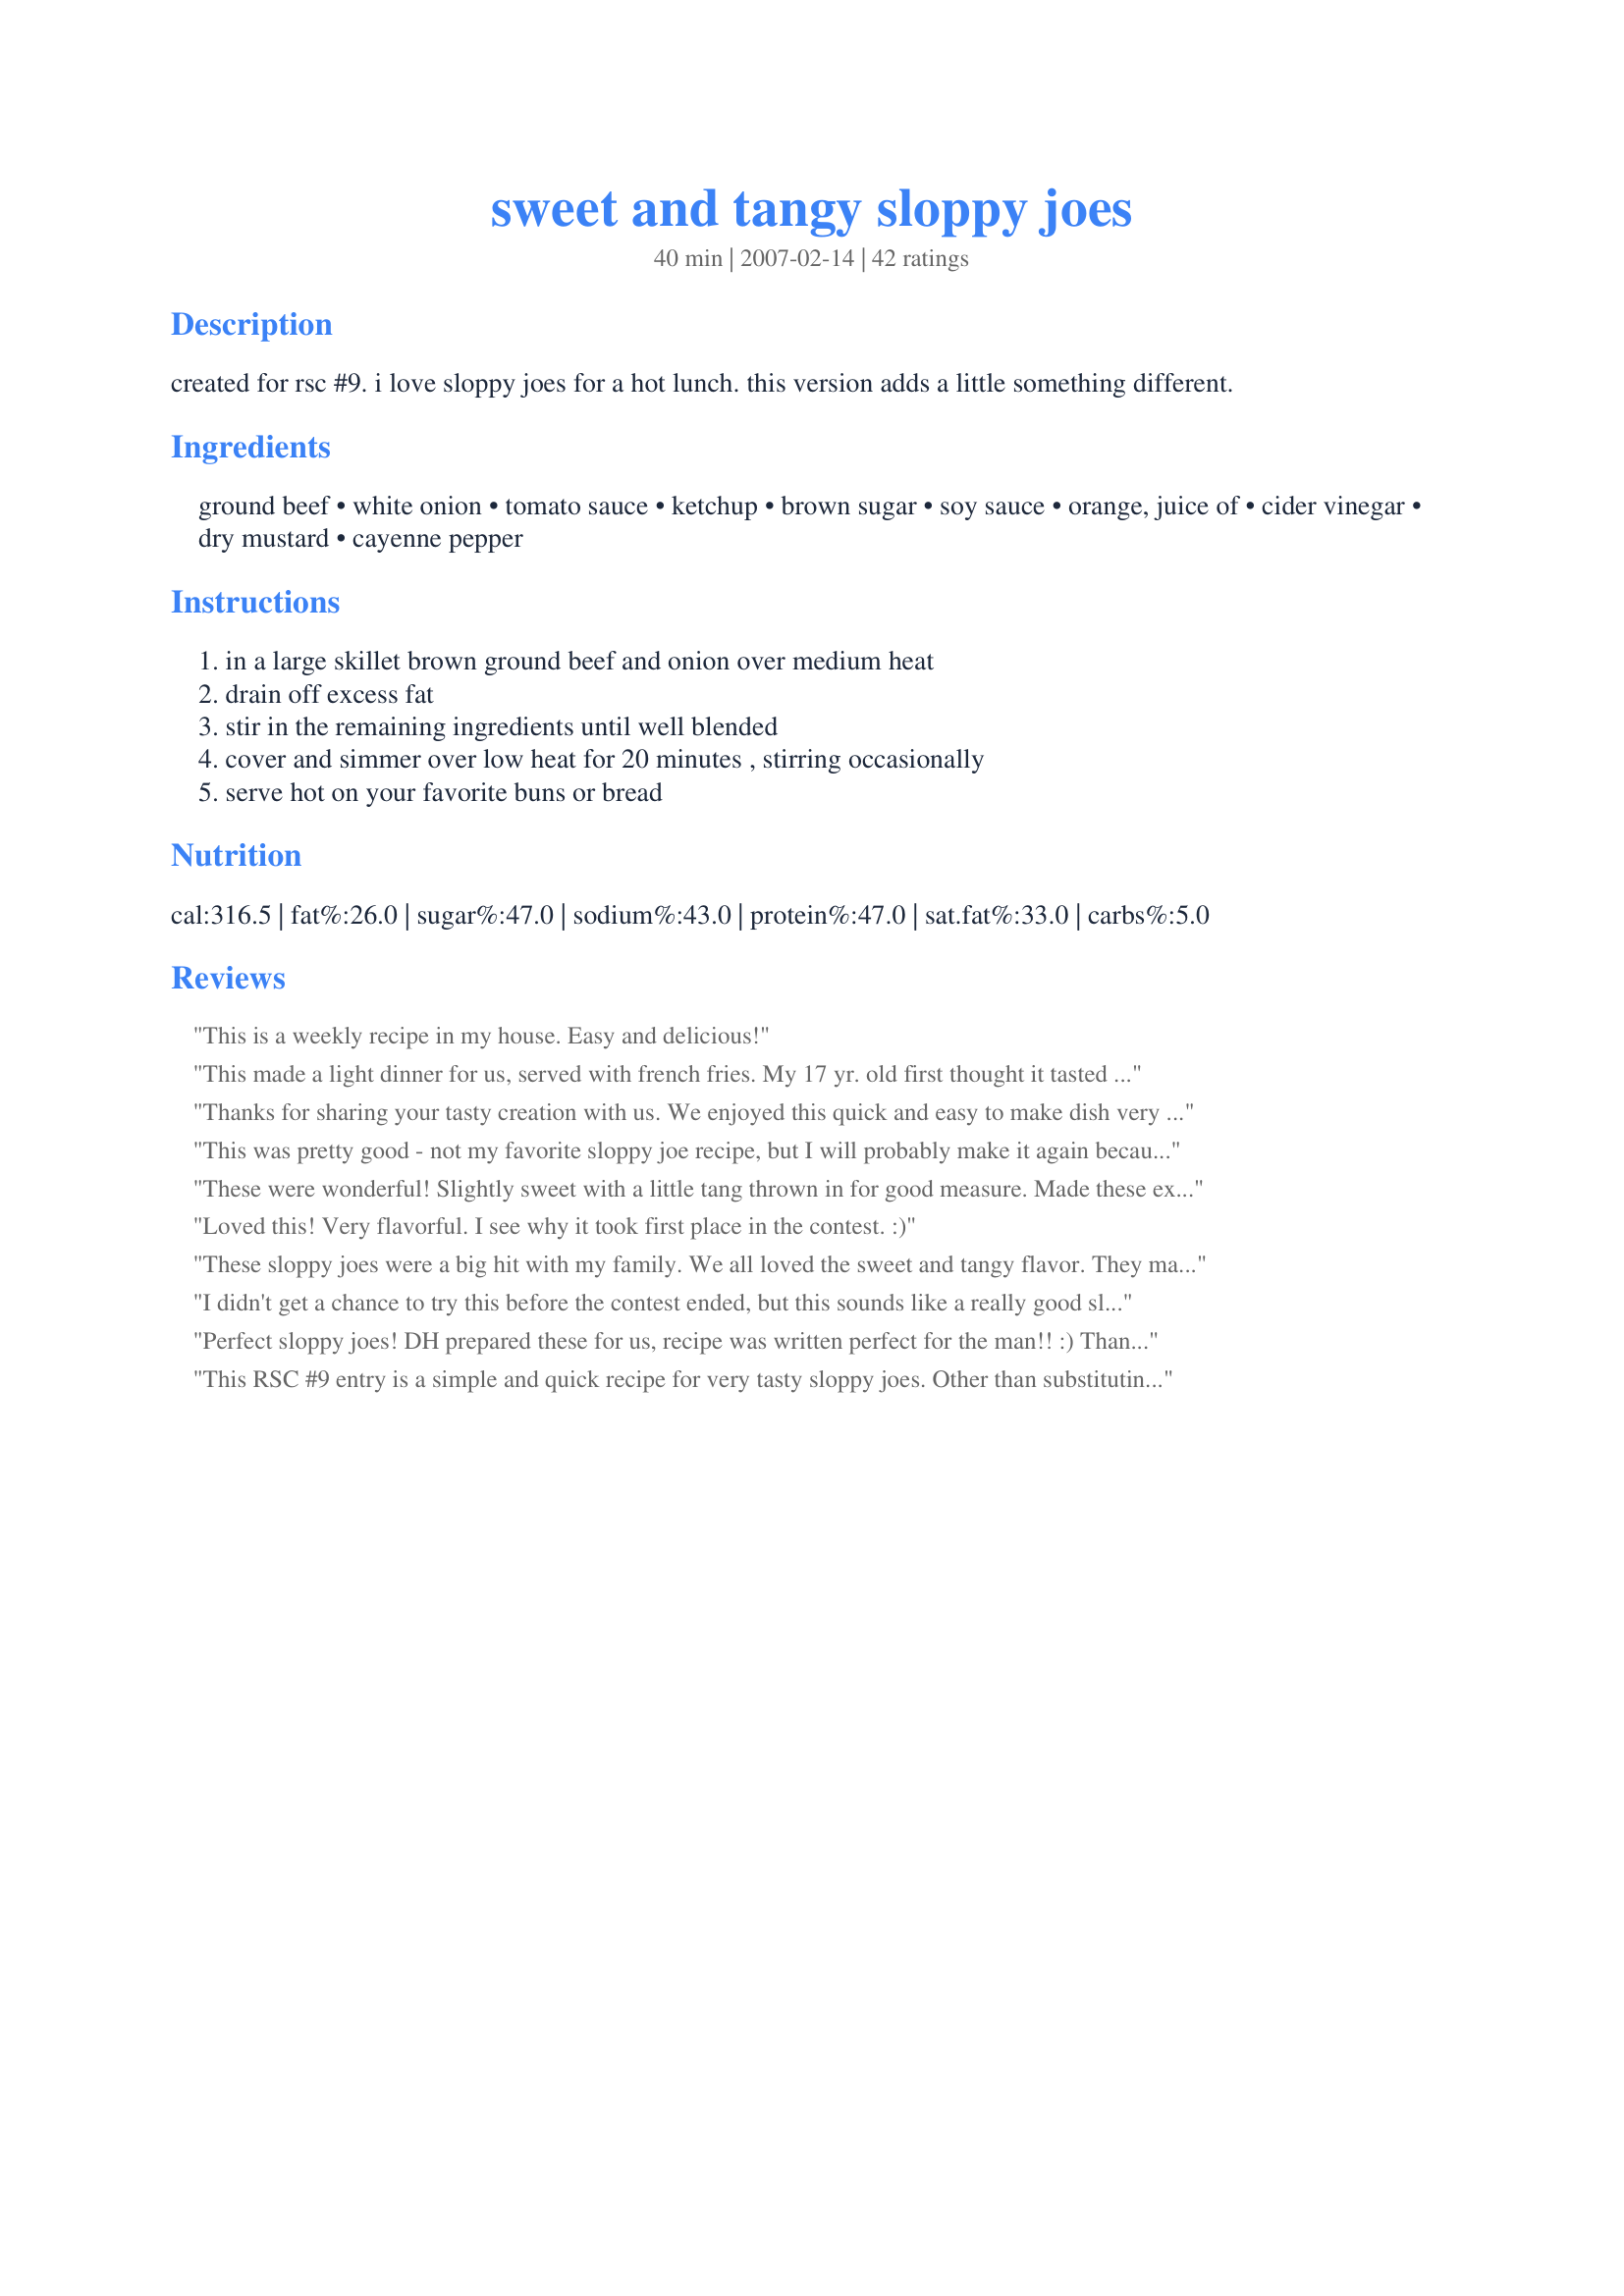
sweet and tangy sloppy joes
Preparation time: 40 minutes

created for rsc #9. i love sloppy joes for a hot lunch. this version adds a little something different.

Ingredients:
ground beef, white onion, tomato sauce, ketchup, brown sugar, soy sauce, orange, juice of, cider vinegar, dry mustard, cayenne pepper

Steps:
in a large skillet brown ground beef and onion over medium heat, drain off excess fat, stir in the remaining ingredients until well blended, cover and simmer over low heat for 20 minutes , stirring occasionally, serve hot on your favorite buns or bread

Reviews:
This is a weekly recipe in my house. Easy and delicious!
This made a light dinner for us, served with french fries. My 17 yr. old first thought it tasted almost identical to Manwich, but then decided this was better. We enjoyed our meal.
Thanks for sharing your tasty creation with us. We enjoyed this quick and easy to make dish very much. The sloppy joes were saucey, sweet and tangy. I especially like the addition of the fresh orange juice to the sauce. It gave it a fresh, alive taste. This was a very mild sauce, next time I make this I will add more cayenne, some fresh garlic and sea salt.
This was pretty good - not my favorite sloppy joe recipe, but I will probably make it again because it was both fast and easy. I layered some of it between crescent rolls with cheese (like recipe 26287) and I liked it better that way than just as a sandwich. Thanks for the recipe and good luck in the contest!
These were wonderful! Slightly sweet with a little tang thrown in for good measure. Made these exactly as written and served them open faced on whole wheat hamburger buns with a side of Confetti Coleslaw. Good luck in the contest!
Loved this! Very flavorful. I see why it took first place in the contest. :)
These sloppy joes were a big hit with my family. We all loved the sweet and tangy flavor. They make a nice quick meal during a busy week. Good luck in the contest!
I didn't get a chance to try this before the contest ended, but this sounds like a really good sloppy joe. I will have to try this, for sure! Too bad bf doesn't like sloppy joes *sigh*, guess I'll just keep it all to myself. I'll post back after I get a chance to make it. Thanks, Kelly, I can't wait to try! Congrats on winnng the RSC!
Perfect sloppy joes! DH prepared these for us, recipe was written perfect for the man!! :) Thank you for a simple delicious recipe!
Good luck in the contest.
This RSC #9 entry is a simple and quick recipe for very tasty sloppy joes. Other than substituting Splenda Brown Sugar, I followed the recipe exactly. Served on a hamburger roll, and leftovers were heated and served with elbow macaroni (also very good). I will definitely make this again.
A unique and very good sloppy joe recipe. Next time I would add a little more ketchup to make them saucier, as they were just a little dry after simmering for 20 minutes.
Simple ingredients, simple instructions, easy to follow and the result was a very delicious Sloppy Joe. Served with Oven Fries for an easy tasty Saturday night dinner - I will be making this recipe again - Good luck in the contest
These sloppy joes are very good and make a really easy & quick lunch or supper. With their mild sauce, the sloppy joes are a definite kid-pleaser. They do need salt. We also felt that doubling both the brown sugar and cider vinegar would nicely increase the sweetness and tanginess. The recipe yielded eight sloppy joes. Good luck in the contest!
Made these for DD & DH one night for dinner and they really enjoyed them. I did have to leave the lid off while simmering in order to get the sauce to thicken up. The orange juice gave this a little bit of a different flavor, but it was good. Thanks for posting this recipe Kelly.
I haven't made sloppy joes for ages. This is a great version and well worth repeating. The kids thought there was too much ketchup (too sweet), so in future I will cut the amount in half.
While not exceptional, I did enjoy this recipe very much, and it was very simple to make. I do wish that the orange flavor came through more clearly...maybe some zest would have done the trick?
Rave reviews from my kids. DH and I both thought it was a bit soggy even after an extra 5 minutes of simmering. The 6yo thought it was perfect. The 15yo liked the way it wasn't as sweet as most sloppy joes. The 13yo said that it abolutely required corn chips.
Definitely very sweet and tangy and a smart, quick dish using the contest ingredients. I think the sweetness would really appeal to children; my DH loves sweets and could absolutely not get enough of this. I'm lucky he let me have a whole sandwich to myself! The orange flavor was quite strong and my orange gave me half a cup of juice, but I attribute that to the amazing fresh oranges here in Florida.
This is extra sweet and darker in color than regular sloppy joes. That said it is very pleasant and a good recipe. I selected this recipe as I liked the quick to fix aspect among the entries. Both DH and I gave this a firm 4 stars. Thank you for your creative entry and good luck!
Loved the simplicity of this recipe! The fresh orange juice in ours really stood out and added a zing to an otherwise familiar dish. Everyone loved the Sloppy Joes and I am betting this recipe does very well in RSC because of its ingredients, very easy directions, a kid pleaser, and of course, its deliciousness. Next time I make them I would add red bell pepper, garlic powder and maybe a bit of onion powder. Good Luck Chef! Great Entry!
I dont know why, but I didnt get alot of sauce outta this recipe. I too added some garlic powder. I like this alot and will use it as my main "sloppy joe" recipe. I guess I will just have to up the amount of sauce tho.
This made a great hot lunch! I was a little worried about how it would taste with the orange juice and soy sauce, but it turned out VERY GOOD! After simmering for a little while, it became thickened and a perfect consistency. Very easy to make and one of the best sloppy joe's I've had!! Thanks for posting your winning recipe Kelly!
This is the best sloppy joe's I've ever had and I've had a lot of them. So essy to prepare.

Thanks for the recipe
A tasty and fun change from the common sloppy joe. I liked the unusal combinations of spices which really did meld together quite well. Served on buns the first evening and the leftovers were spooned over polenta. Halfway through the cooking time, I noticed that my half batch was not quite as saucy as they should have been and added a little bit more water to the pan. Next time, I would start with additional tomato sauce and/or ketchup. Thanks!
These were surprisingly good. I donï¿½t make sloppy joes very often but I will make these ones again, we enjoyed them for a nice change. We had an unexpected visitor, our son happened by and he loved them. I served them on whole wheat hot dog buns from the bakery. I used just half the amount of brown sugar Splenda mix. We were all pleasantly surprised with the use of orange juice as a sweetener, it worked very well with the touch of cider vinegar; the dry mustard added a very nice finish. The recipe did make enough for four, we had a wee bit left over which was eaten cold a little later; it was just as good cold as it was hot. Thanks for posting and good luck in the contest!
Maybe I'm strange, but I absolutely love Heinz sloppy joe sauce from a can and I despise the Hunts brand. I am picky about my sloppy joe sauce because the sauce is really the show of the meal...right? Anyway, I made this because a previous review or two described it as light and refreshing with the O.J. I did not start with a fresh orange but used orange juice not from concentrate thinking that would be close enough. Otherwise followed exactly. I thought I would have too much liquid in the end if I covered the brew, so I simmered without my lid. After 20 minutes the consistency was perfect and we had sloppy joes on bread (but we like it on hot dog buns when we want to pick it up and eat it...less messthan hamburger buns). Now, this is a compliment, remember...this tasted just like Heinz with a hint of orange and now when I run out of my fav I will make this from the ingredients I usually have in my pantry and satisfy that mighty sloppy-joe craving! Here's a funny...I could not find my soy sauce anywhere and I was panicked because I had everything else already in the pot cooking so I remembered the leftover chinese takeout packets of soy sauce that I always have around in my pantry...just so you know 2 TB is almost exactly 2 1/2 packets of soy sauce! ;-). I did expect something unusual and extra-ordinary but it missed the mark a little for the "different" catagory...that's why I'm rating it 4 instead of 5 stars. However it rates a 5 for becoming a new favorite and a very good standby for my tried and true cookbook. Thank you!
My family loves this recipe. It is very easy to make and freezes well. We bagged the leftovers and they were great for lunch this week. Instead of tomato sauce, I use 1-6 oz. can of tomato paste plus 1 can of water. We don't use the cayenne pepper. And, when we use a electric mixer, this recipe comes together even faster.
These were good, and make a very generous portion. I followed some other reviewers and added 4 cloves garlic, 1 red pepper and halved the OJ and brown sugar. These changes worked out well, and gave it a nice balance of sweet, spicy, and tangy. I did have to add about 50% more tomato sauce though, otherwise it would have been too dry. Overall a good sloppy joe though.
Thought these were really good! The soy sauce and the oj give it a very unique taste. This will now be one of three sloppy joe recipes that my family will regularly use. Thanks Kelly!
This was good and quick to cook. Not much different than most Sloppy Joes.
Although I liked the simplicity of this recipe, I really didn't care much for the taste of it. It was a little on the watery side so I cooked it for a little longer then suggested. I tasted it and it still need "something". I'm rating the recipe based on following the recipe as-is. However, I added about 1/4 cup of our favorite BBQ Sauce and it tasted heavenly! I would rate a four star with the added BBQ sauce to it. The recipe is a keeper for me but with the added ingredient. I've never had Sloppy Joe out of a can, so, perhaps to some people, this homemade version is an upgrade :-).
Reviewed for RSC # 9. Tangy and sweet, this recipe pleased everyone. It was fairly quick and simple to put together and makes good use of pantry cupboard ingredients so is great for those on a budget as well. While I would be happy to make this again, I would be tempted to add garlic and quite a lot more cayenne pepper (which I had already increased in making this now), Please see my rating system: 4 stars for a recipe with potential that is great for an easy meal but which I would like to make a few extra additions to suit us better in the future. Thanks!
Well. This IS embarrassing. I just found a pile of recipes, among which was this one that I made for RSC #9 & turns out I never reviewed it. Many apologies!

We loved these! I'm glad I stumbled on the recipe again because it has been requested to eat again soon. Absolutely delicious & sooo much better than the canned sloppy joe stuff or sodium in a packet seasoning! 

This recipe has really nice flavor - not too anything - well balanced. It's just YUMMY!!!

Well done, Kelly!! :)
These were tasty and easy to make. Hubbie and I thought they were a little too sweet-we like things on the spicier side at
I'm a little surprised that such a basic recipe that people have been making for years won top honors. I tried it just because I've never made sloppy Joe's with orange juice or soy sauce. I didn't find either one added anything to the basic recipe. I look to this site for new, unusual or innovative cooking- this wasn't it!
These were really good but I felt that there was something a bit "lacking" in it. I am not even sure what was missing but each of us agreed that it needed that little something else to make it an absolutely stellar recipe. It was still very much enjoyed by everyone. And we heated up the leftovers with some white rice mixed in and that was fantastic. Then one of the boys had some re-heated with some tortilla chips. He loved it. Overall, this recipe has shown GREAT potential.
I had such high hopes for this recipe, but he feedback from my family was so-so. I think the recipe is good, but my family prefers a tangy/spicy sauce rather than a sweet recipe -- who knew!
Great twist on an old favorite. Outstanding taste a definite keeper. We all loved these. Thanks so much for sharing. Great instructions, quick meal and very filling. Good luck.
I would love to see bell peppers, garlic and fresh herbs to really bring this over the top! We found it sweet. So easy and quick to make. Thanks!
These were very good! I'm not a big fan of tomatoey sauces and the cider vinegar gave it a nice flavor. Thanks for posting!
These certainly were sweet and tangy...maybe just a little too sweet for my personal taste and I think the ketchup alone would have made them sweet enough. As I was tasting the sauce, I felt it needed 'something' and would have loved to have added a garlic clove, but stayed true to the recipe as it is a contest entry. Definitely easy enough to make, and the instructions were good. I toasted the hamburger buns we served this on and it all came together quite nicely. Thank you chef, and good luck in the contest!
Loved this recipe. Sloppy Joes are not your average Dutch meal so these were a treat! DH, DS(13) and DD(11) loved them and I loved the sweetness in the sauce. I have one question: How do you eat these??? With knife and fork or do you just abandon any thoughts of eating without getting really messy? We were all licking our fingers upto our elbows! LOL...
